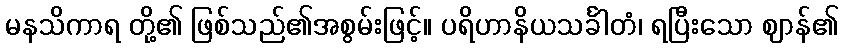
မနသိကာရ တို့၏ ဖြစ်သည်၏အစွမ်းဖြင့်။ ပရိဟာနိယသင်္ခါတံ၊ ရပြီးသော ဈာန်၏